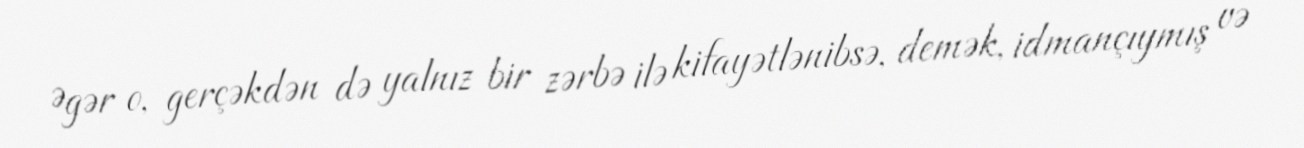
Əgər o, gerçəkdən də yalnız bir zərbə ilə kifayətlənibsə, demək, idmançıymış və